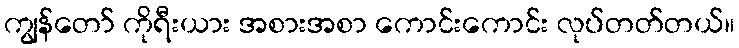
ကျွန်တော် ကိုရီးယား အစားအစာ ကောင်းကောင်း လုပ်တတ်တယ်။